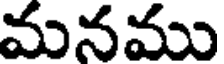
మనము